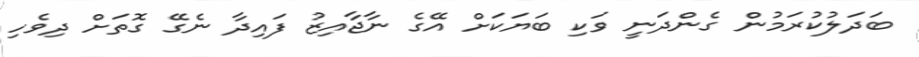
ބަދަލުކުރަމުން ގެންދަނީ ވަކި ބަޔަކަށް އޭގެ ނާޖާއިޒު ފައިދާ ނެގޭ ގޮތަށް ދިވެހި